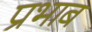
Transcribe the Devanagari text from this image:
प्रभाब